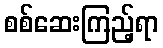
စစ်ဆေးကြည့်ရာ